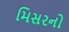
મિસરનો